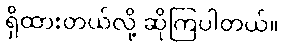
ရှိထားတယ်လို့ ဆိုကြပါတယ်။